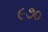
૯૭૦